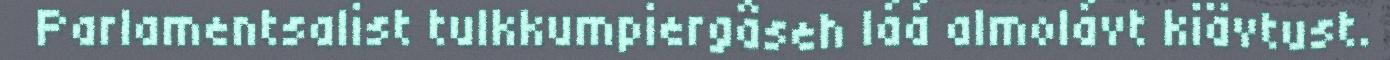
Parlamentsalist tulkkumpiergâseh láá almolávt kiävtust.